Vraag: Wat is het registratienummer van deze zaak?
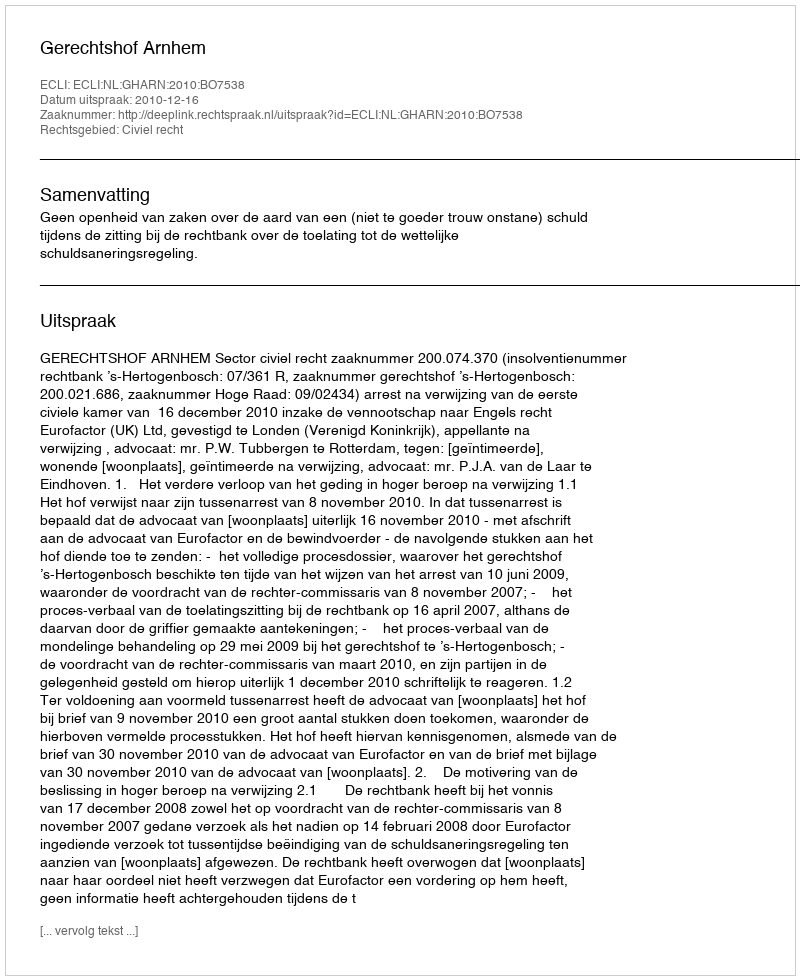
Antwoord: http://deeplink.rechtspraak.nl/uitspraak?id=ECLI:NL:GHARN:2010:BO7538